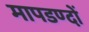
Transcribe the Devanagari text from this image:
मापडण्दों